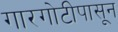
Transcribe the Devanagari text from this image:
गारगोटीपासून